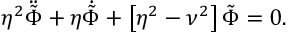
\eta ^ { 2 } \ddot { \tilde { \Phi } } + \eta \dot { \tilde { \Phi } } + \left[ \eta ^ { 2 } - \nu ^ { 2 } \right] \tilde { \Phi } = 0 .